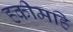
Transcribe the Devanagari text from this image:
हकीमहि